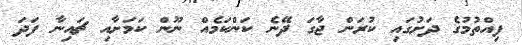
ފިއްތުމުގެ ދަށުގައި ކުރަން ޖާގަ ދޭނެ ކަންކަމެއް ނޫން ކަމަށާއި ޗައިނާ ފަދަ